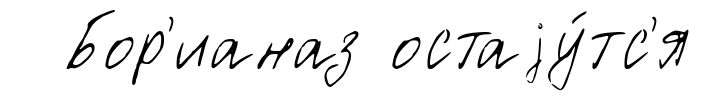
Бор'ианаз остаjу́тс'я